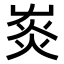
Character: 𤉞